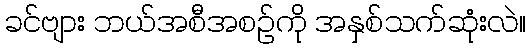
ခင်ဗျား ဘယ်အစီအစဉ်ကို အနှစ်သက်ဆုံးလဲ။